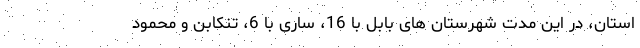
استان، در این مدت شهرستان های بابل با 16، ساری با 6، تنکابن و محمود